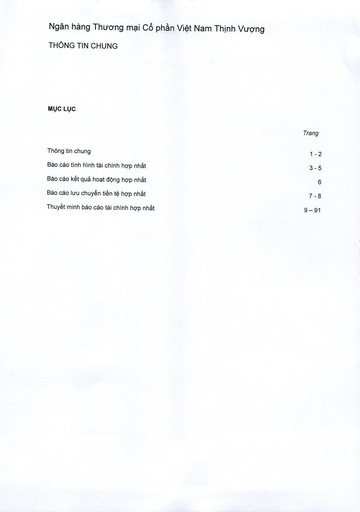
||Trang| |---|---| |Thông tin chung|1-2| |Báo cáo tình hình tài chính hợp nhất|3-5| |Báo cáo kết quả hoạt động hợp nhất|6| |Báo cáo lưu chuyển tiền tệ hợp nhất|7-8| |Thuyết minh báo cáo tài chính hợp nhất|9-91|